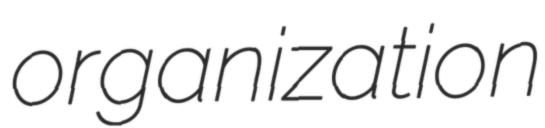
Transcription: organization